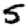
Digit: 5